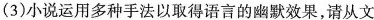
(3)小说运用多种手法以取得语言的幽默效果，请从文